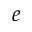
e